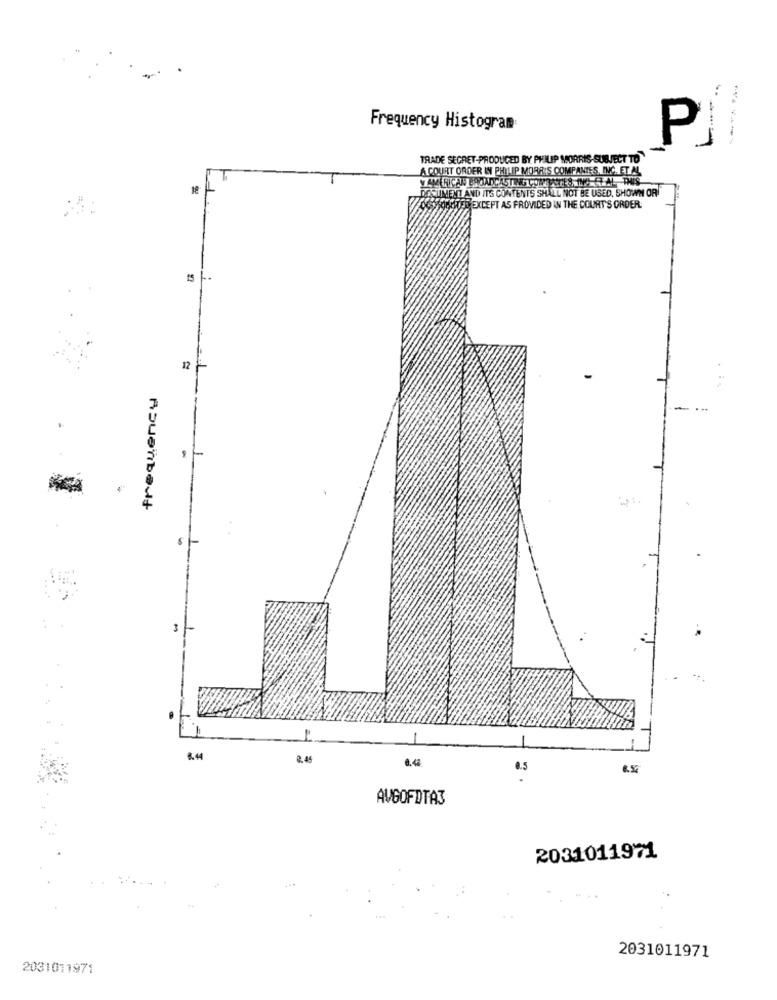
Frequency Histogram
P
TRADE SECRET-PRODUCED BY PHILIP MORRIS SUBJECT TO
A COURT ORDER IN PHILIP MORRIS COMPANIES, INC. ET AL
18
AMERICAN BROADCASTING COMPANYES ING ET AL-DUIS
POSUIMENT AND ITS CONTENTS SHALL NOT BE USED, SHOWN OR
SOGOTTEXCEPT AS PROVIDED IN THE COURT'S ORDER.
12
-
. ..
.
8.44
2. 45
0.5
AVGOFDTA3
2031011971
2031011971
2031011971